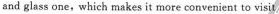
and glass one, which makes it more convenient to visit